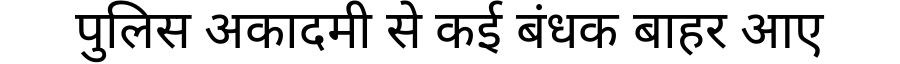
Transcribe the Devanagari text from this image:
पुलिस अकादमी से कई बंधक बाहर आए